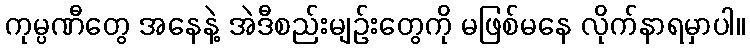
ကုမ္ပဏီတွေ အနေနဲ့ အဲဒီစည်းမျဉ်းတွေကို မဖြစ်မနေ လိုက်နာရမှာပါ။